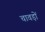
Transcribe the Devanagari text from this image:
चावड़ों